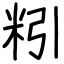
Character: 粌